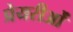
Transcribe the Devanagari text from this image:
प्रेयरीओं